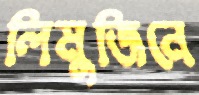
লিমুজিনে